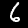
Label: 6